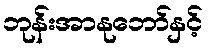
ဘုန်းအာနုဘော်နှင့်